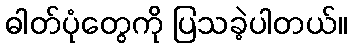
ဓါတ်ပုံတွေကို ပြသခဲ့ပါတယ်။